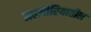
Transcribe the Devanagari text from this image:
अल्जीरियातील